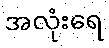
အလုံးရေ